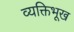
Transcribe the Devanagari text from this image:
व्यक्तिभूख